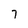
Character: 7